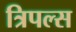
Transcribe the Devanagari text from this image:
त्रिपल्स